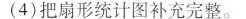
(4)把扇形统计图补充完整。